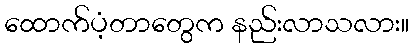
ထောက်ပံ့တာတွေက နည်းလာသလား။